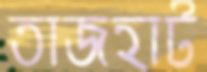
তাজহাট